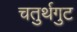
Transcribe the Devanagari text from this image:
चतुर्थगुट